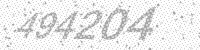
Solution: 494204